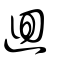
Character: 迴